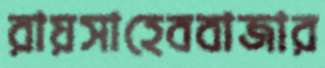
রায়সাহেববাজার